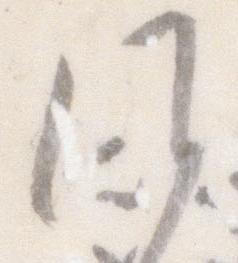
候